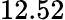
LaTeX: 12.52